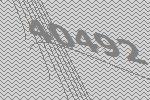
40492